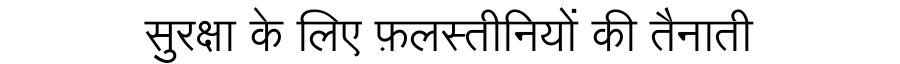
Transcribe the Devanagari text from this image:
सुरक्षा के लिए फ़लस्तीनियों की तैनाती